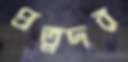
প্রত্নদর